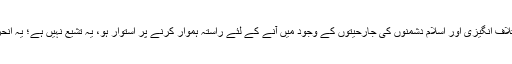
جس تشیّع کی بنیاد اختلاف انگیزی اور اسلام دشمنوں کی جارحیتوں کے وجود میں آنے کے لئے راستہ ہموار کرنے پر استوار ہو، یہ تشیّع نہیں ہے؛ یہ انحراف اور گمراہی ہے”۔